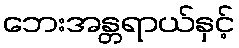
ဘေးအန္တရာယ်နှင့်